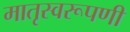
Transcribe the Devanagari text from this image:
मातृस्वरूपणी